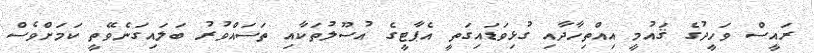
ރައީސް ވަހީދުގެ ޤައުމީ އިއްތިހާދާއި ގުޅިވަޑައިގަތީ އެޕާޓީގެ އުސޫލުތަކާއި ތަސައްވުރު ބަލައިގަނެވޭތީ ކަމަށްވެސް